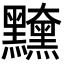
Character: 𪒻